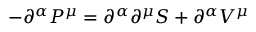
- \partial ^ { \alpha } P ^ { \mu } = \partial ^ { \alpha } \partial ^ { \mu } S + \partial ^ { \alpha } V ^ { \mu }